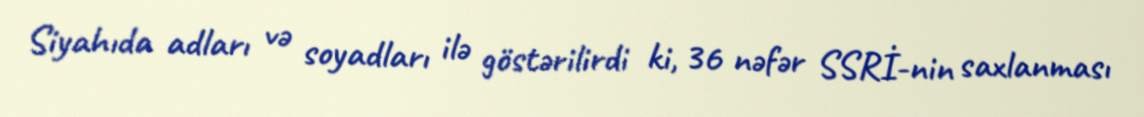
Siyahıda adları və soyadları ilə göstərilirdi ki, 36 nəfər SSRİ-nin saxlanması